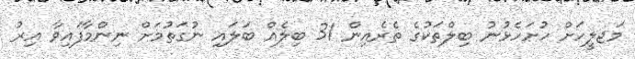
މަޖލީހަށް ހުށަހެޅުނު ބިލްތަކުގެ ތެރެއިން 31 ބިލެއް ބަލައި ނުގަތުމަށް ނިންމާފައިވާ އިރު